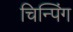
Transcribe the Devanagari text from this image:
चिन्पिंग